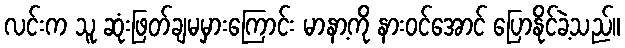
လင်းက သူ ဆုံးဖြတ်ချမမှားကြောင်း မာနာ့ကို နားဝင်အောင် ပြောနိုင်ခဲ့သည်။